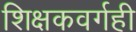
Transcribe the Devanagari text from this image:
शिक्षकवर्गही